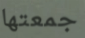
جمعتها